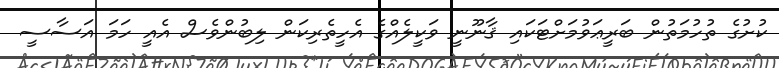
ކުށުގެ ތުހުމަތުން ބަރީޢަވުމަށްޓަކައި ޤާނޫނީ ވަކީލެއްގެ އެހީތެރިކަން ލިބުންވެސް އެއީ ހަމަ އަސާސީ